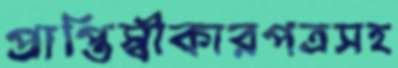
প্রাপ্তিস্বীকারপত্রসহ